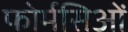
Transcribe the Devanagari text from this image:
फोर्मसिओं